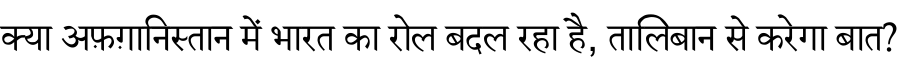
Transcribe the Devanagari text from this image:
क्या अफ़ग़ानिस्तान में भारत का रोल बदल रहा है, तालिबान से करेगा बात?